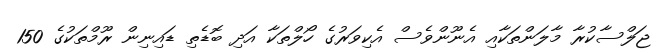
ޖަލްސާކުރާ މާލަންތަކާއި އެނޫންވެސް އެކިވަރުގެ ހޯލްތަކާ އަދި ބޮޑެތި ޑައިނިން ރޫމްތަކުގެ 150